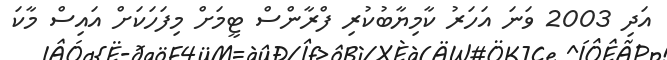
އަދި 2003 ވަނަ އަހަރު ކާމިޔާބުކުރި ފްރާންސް ޓީމަށް މިފަހަކަށް އައިސް މާކަ